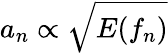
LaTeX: a_{n}\propto\sqrt{E(f_{n})}